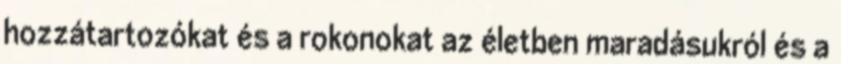
hozzátartozókat és a rokonokat az életben maradásukról és a